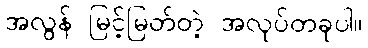
အလွန် မြင့်မြတ်တဲ့ အလုပ်တခုပါ။